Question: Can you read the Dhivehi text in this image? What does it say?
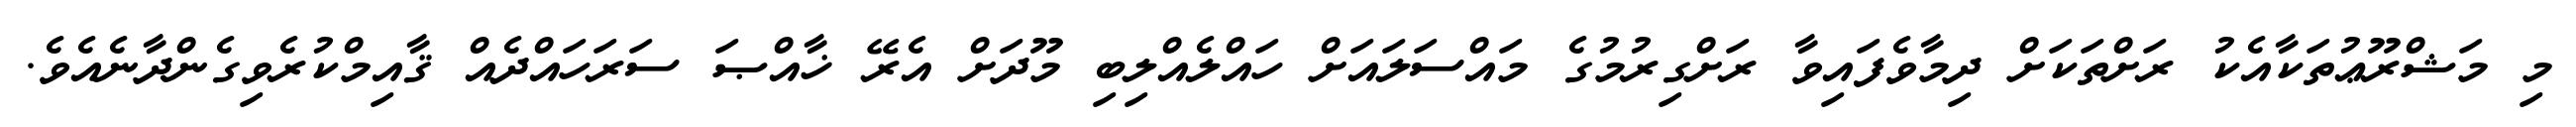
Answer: މި މަޝްރޫޢުތަކާއެކު ރަށްތަކަށް ދިމާވެފައިވާ ރަށްގިރުމުގެ މައްސަލައަށް ހައްލެއްލިބި މޫދަށް އެރޭ ޚާއްޞަ ސަރަހައްދެއް ޤާއިމްކުރެވިގެންދާނެއެވެ.